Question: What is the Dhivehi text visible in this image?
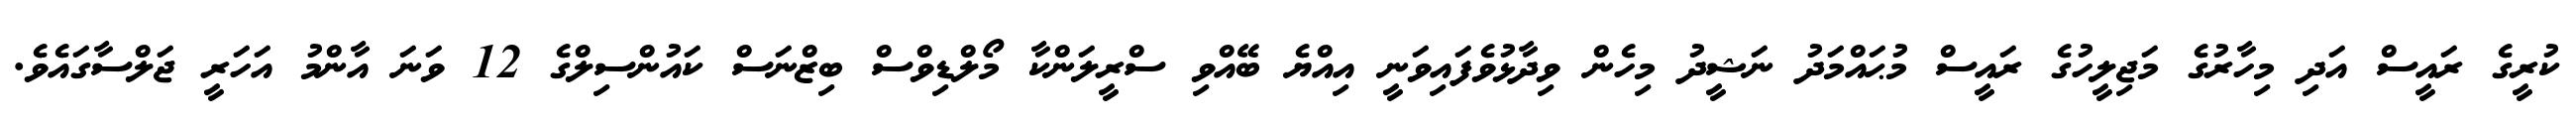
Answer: ކުރީގެ ރައީސް އަދި މިހާރުގެ މަޖިލީހުގެ ރައީސް މުޙައްމަދު ނަޝީދު މިހެން ވިދާޅުވެފައިވަނީ އިއްޔެ ބޭއްވި ސްރީލަންކާ މޯލްޑިވްސް ބިޒްނަސް ކައުންސިލްގެ 12 ވަނަ އާންމު އަހަރީ ޖަލްސާގައެވެ.